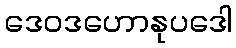
ဒေဝဒဟောနုပဒေါ